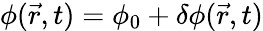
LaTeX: \phi(\vec{r},t)=\phi_{0}+\delta\phi(\vec{r},t)